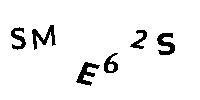
SME62S